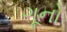
ગૂનો